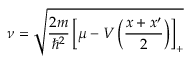
{ \nu = \sqrt { \frac { 2 m } { \hbar ^ { 2 } } \left[ \mu - V \left( \frac { x + x ^ { \prime } } { 2 } \right) \right] _ { + } } }